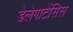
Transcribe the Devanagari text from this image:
डेलेगाटेंसिस